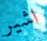
اشير